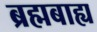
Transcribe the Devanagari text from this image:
ब्रह्मबाह्य